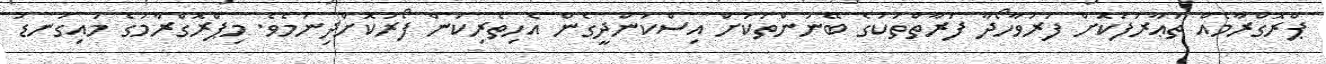
ޕްރޮގްރާމެއް ތަޢާރަފުކޮށް ފަރުވާހޯދާ ފަރާތްތަކުގެ ބޭނުންތަކަށް އިސްކަންދީގެން އެހިތެރިކަން ފޯރުކޮށްދިނުމެވެ. މިޕްރޮގްރާމުގެ މައިގަނޑު